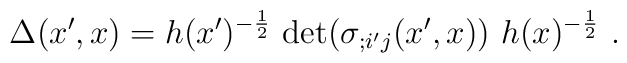
\Delta(x',x) =  h(x')^{- \frac{1}{2}}~  {\rm det}(\sigma_{;i'j}(x',x))~ h(x)^{- \frac{1}{2}} \ .